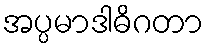
အပ္ပမာဒါဓိဂတာ